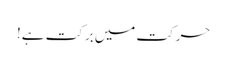
حرکت میں برکت ہے!